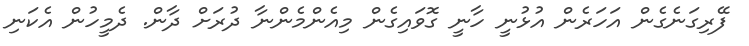
ފޭރިގަނެގެން އަހަރެން އުޅުނީ ހާނީ ގޮވައިގެން މިއެންމެންނާ ދުރަށް ދާން. ދެމީހުން އެކަނި